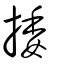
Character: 捼